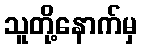
သူတို့နောက်မှ